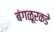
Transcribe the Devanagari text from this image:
बंगळूरकडे